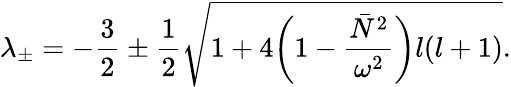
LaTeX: \lambda_{\pm}=-\frac{3}{2}\pm\frac{1}{2}\sqrt{1+4\bigg(1-\frac{\bar{N}^{2}}{\omega^{2}}\bigg)l(l+1)}.